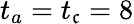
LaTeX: t_{a}=t_{\mathfrak{c}}=8